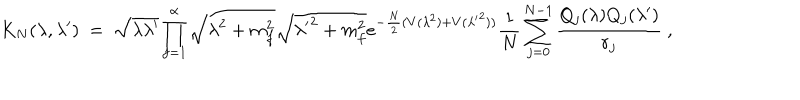
LaTeX: K _ { N } ( \lambda , \lambda ^ { \prime } ) ~ = ~ \sqrt { \lambda \lambda ^ { \prime } } \prod _ { f = 1 } ^ { \alpha } \sqrt { \lambda ^ { 2 } + m _ { f } ^ { 2 } } \sqrt { { \lambda ^ { \prime } } ^ { 2 } + m _ { f } ^ { 2 } } e ^ { - \frac { N } { 2 } ( V ( \lambda ^ { 2 } ) + V ( { \lambda ^ { \prime } } ^ { 2 } ) ) } \frac { 1 } { N } \sum _ { j = 0 } ^ { N - 1 } \frac { Q _ { j } ( \lambda ) Q _ { j } ( \lambda ^ { \prime } ) } { r _ { j } } ~ ,